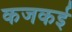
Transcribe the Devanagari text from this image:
कजकई